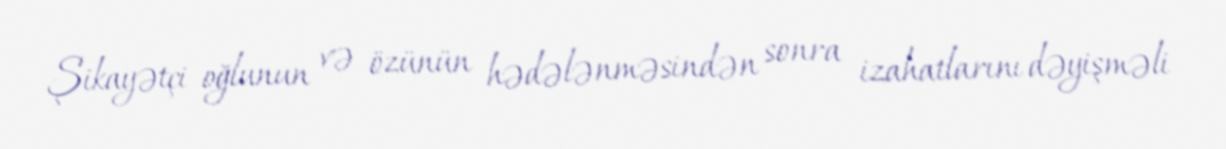
Şikayətçi oğlunun və özünün hədələnməsindən sonra izahatlarını dəyişməli